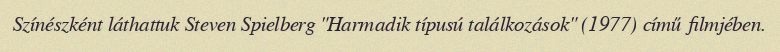
Színészként láthattuk Steven Spielberg "Harmadik típusú találkozások" (1977) című filmjében.